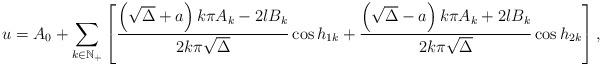
LaTeX: \begin{align*} u=A_0+\sum\limits_{k\in \mathbb{N}_+}\left[\frac{\left(\sqrt{\Delta}+a\right)k\pi A_k-2lB_{k}}{2k\pi \sqrt{\Delta}} \cos h_{1k} +\frac{\left(\sqrt{\Delta}-a\right)k\pi A_k+2lB_{k}}{2k\pi \sqrt{\Delta}}\cos h_{2k}\right], \end{align*}